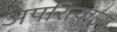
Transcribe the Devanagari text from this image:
अपरित्याज्य